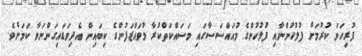
ފުރިހަމަ ކުރުމަށް ފުލުހުންނާއި ފުލުހުންގެ މުއައްސަސާގައި މަސައްކަތްކުރާ މުވައްޒަފުންގެ ކިބައިން އެދިވަޑައިގަންނަވާ ކަމަށެވެ.